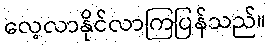
လေ့လာနိုင်လာကြပြန်သည်။